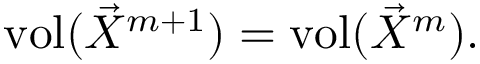
\operatorname { v o l } ( \vec { X } ^ { m + 1 } ) = \operatorname { v o l } ( \vec { X } ^ { m } ) .